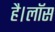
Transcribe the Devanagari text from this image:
है।लॉस